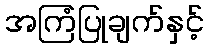
အကြံပြုချက်နှင့်